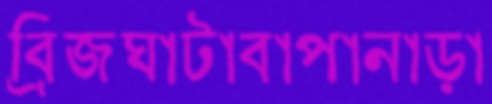
ব্রিজঘাটাবাপানাড়া